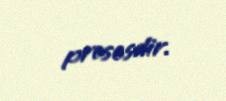
prosesdir.